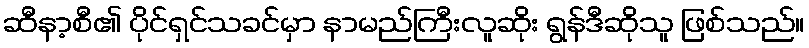
ဆီနာ့စီ၏ ပိုင်ရှင်သခင်မှာ နာမည်ကြီးလူဆိုး ရွန်ဒီဆိုသူ ဖြစ်သည်။